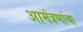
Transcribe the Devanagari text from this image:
आमंत्रणांचा